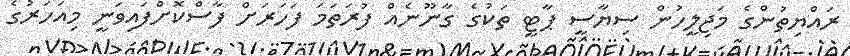
ރައްޔިތުންގެ މަޖިލީހުން ސިޔާސީ ޕާޓީ ތަކުގެ ގާނޫނެއް ފުރަތަމަ ފަހަރަށް ފާސްކޮށްފައިވަނީ މިއަހަރުގެ